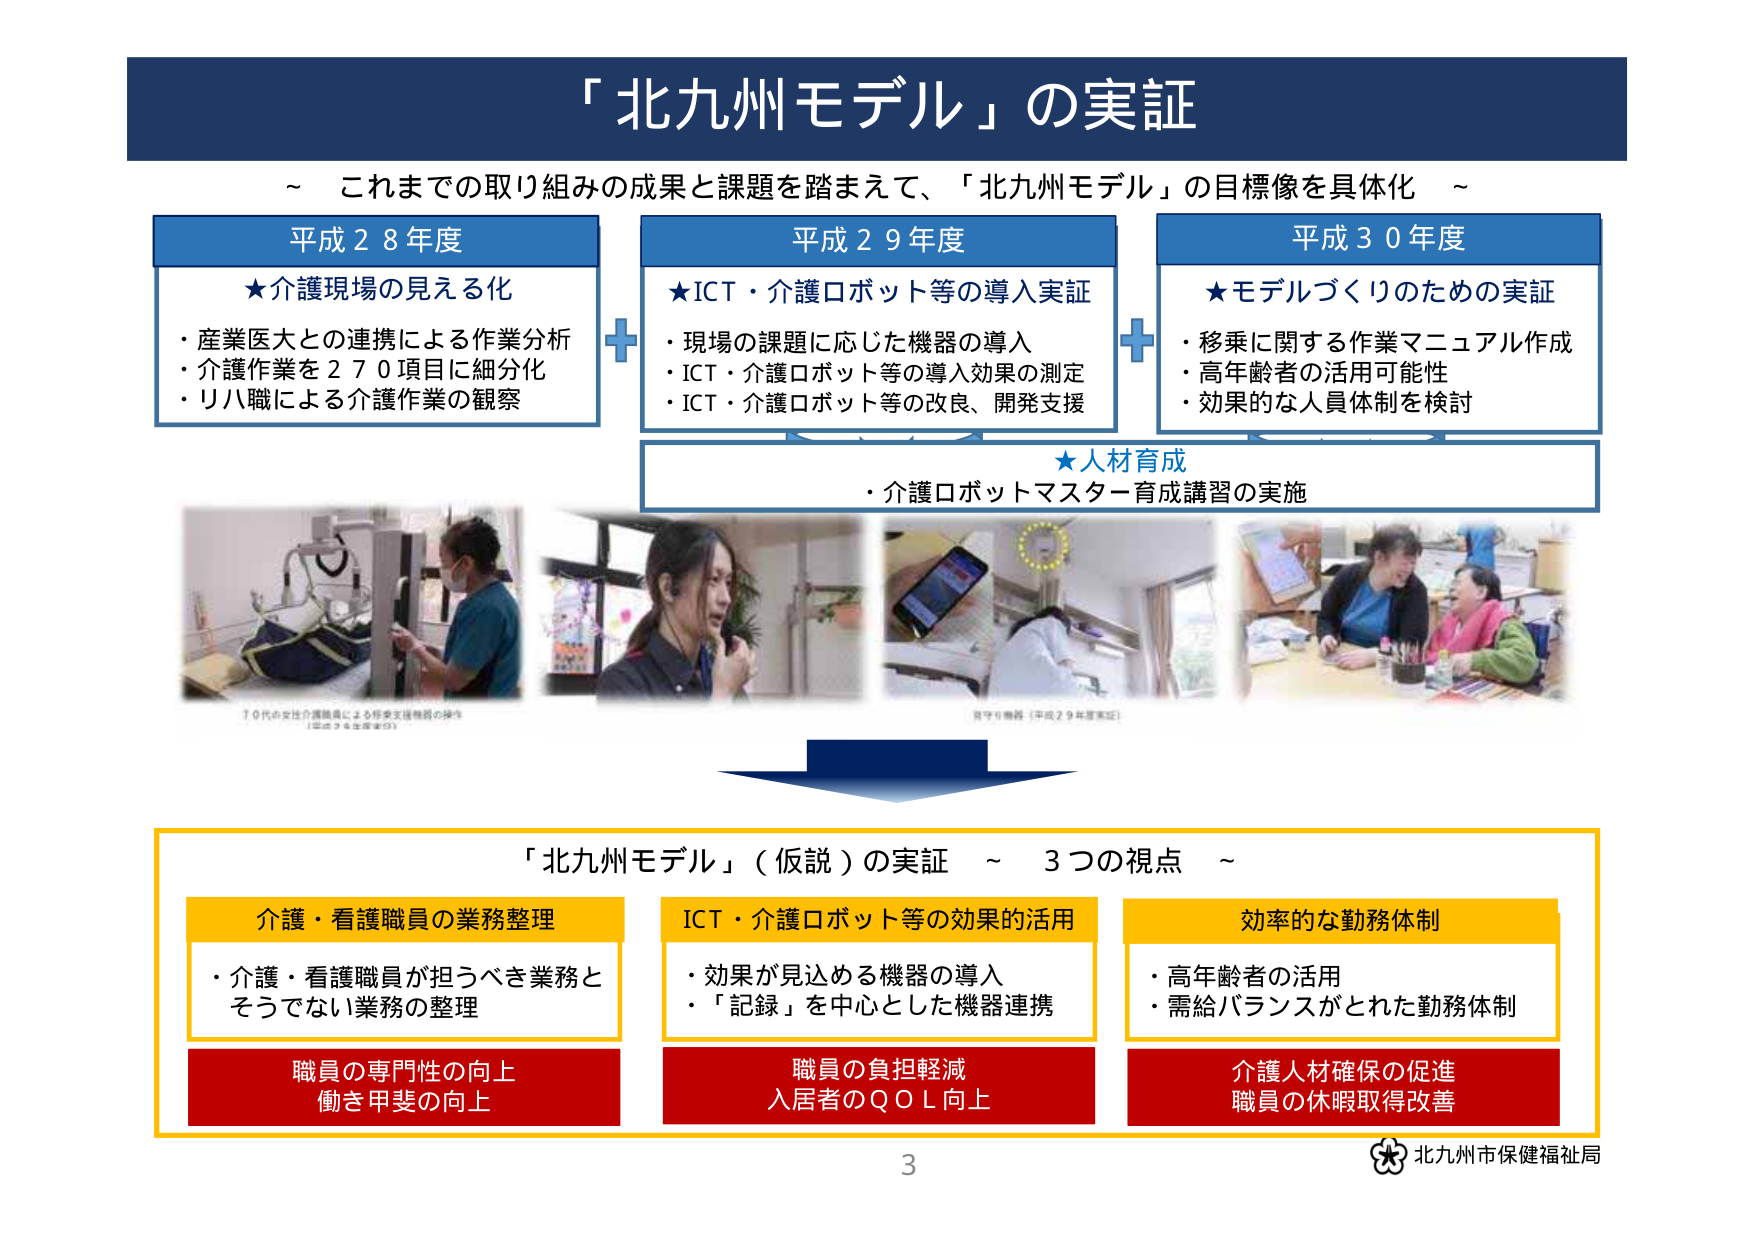
「北九州モデル」の実証
～ これまでの取り組みの成果と課題を踏まえて、「北九州モデル」の目標像を具体化 ～

平成２８年度
★介護現場の見える化
・産業医大との連携による作業分析
・介護作業を２７０項目に細分化
・リハ職による介護作業の観察

平成２９年度
★ICT・介護ロボット等の導入実証
・現場の課題に応じた機器の導入
・ICT・介護ロボット等の導入効果の測定
・ICT・介護ロボット等の改良、開発支援

平成３０年度
★モデルづくりのための実証
・移乗に関する作業マニュアル作成
・高年齢者の活用可能性
・効果的な人員体制を検討

★人材育成
・介護ロボットマスター育成講習の実施

70代の女性介護職員による移乗支援機器の操作
（平成28年度実証）

音声リモコン（平成29年度実証）

「北九州モデル」（仮説）の実証 ～ 3つの視点 ～

介護・看護職員の業務整理
・介護・看護職員が担うべき業務と
そうでない業務の整理
職員の専門性の向上
働き甲斐の向上

ICT・介護ロボット等の効果的活用
・効果が見込める機器の導入
・「記録」を中心とした機器連携
職員の負担軽減
入居者のＱＯＬ向上

効率的な勤務体制
・高年齢者の活用
・需給バランスがとれた勤務体制
介護人材確保の促進
職員の休暇取得改善

3
北九州市保健福祉局